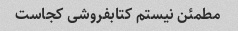
مطمئن نیستم کتابفروشی کجاست